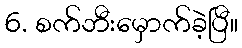
6. စက်ဘီးမှောက်ခဲ့ပြီ။